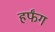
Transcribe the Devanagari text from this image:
हर्फंग